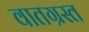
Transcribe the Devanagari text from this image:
वातग्रस्त